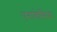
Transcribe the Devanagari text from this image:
एनालेसिस